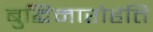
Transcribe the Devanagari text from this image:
बुद्धिमारोहंति